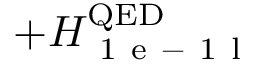
+ H _ { \mathrm { ~ 1 ~ e ~ - ~ 1 ~ l ~ } } ^ { \mathrm { Q E D } }